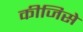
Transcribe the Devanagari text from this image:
कीजिसे